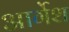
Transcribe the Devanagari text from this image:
आर्गेश